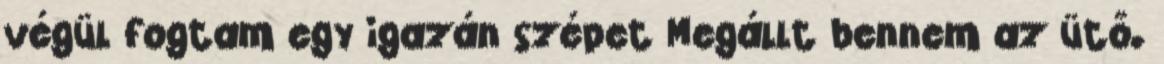
végül fogtam egy igazán szépet Megállt bennem az ütő.